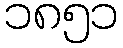
၁၈၅၁